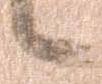
候